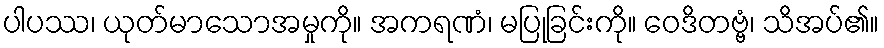
ပါပဿ၊ ယုတ်မာသောအမှုကို။ အကရဏံ၊ မပြုခြင်းကို။ ဝေဒိတဗ္ဗံ၊ သိအပ်၏။